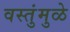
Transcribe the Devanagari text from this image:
वस्तुंमुळे